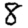
Digit: 8